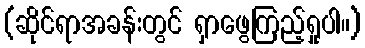
(ဆိုင်ရာအခန်းတွင် ရှာဖွေကြည့်ရှုပါ။)